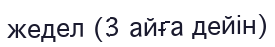
жедел (3 айға дейін)